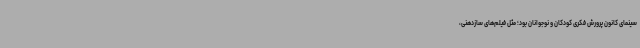
سینمای کانون پرورش فکری کودکان و نوجوانان بود؛ مثل فیلم‌های سازدهنی،